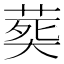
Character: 𦵏